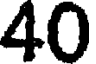
40